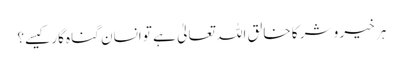
ہر خیر و شر کا خالق اللہ تعالیٰ ہے تو انسان گناہ گار کیسے؟